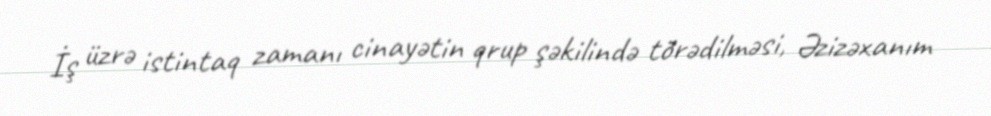
İş üzrə istintaq zamanı cinayətin qrup şəkilində törədilməsi, Əzizəxanım